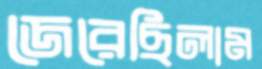
জেরেছিলাম